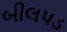
બીલપડ